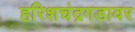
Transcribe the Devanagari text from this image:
हरिशचंद्रगडावर